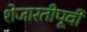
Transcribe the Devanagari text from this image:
शेजारतीपूर्वी